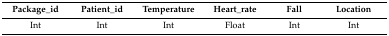
<table><thead><tr><td><b>Package_id</b></td><td><b>Patient_id</b></td><td><b>Temperature</b></td><td><b>Heart_rate</b></td><td><b>Fall</b></td><td><b>Location</b></td></tr></thead><tbody><tr><td>Int</td><td>Int</td><td>Int</td><td>Float</td><td>Int</td><td>Int</td></tr></tbody></table>